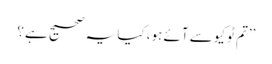
’’تم ٹوکیو سے آئے ہو، کیا یہ صحیح ہے؟